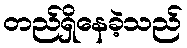
တည်ရှိနေခဲ့သည်